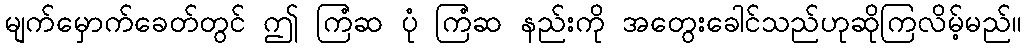
မျက်မှောက်ခေတ်တွင် ဤ ကြံဆ ပုံ ကြံဆ နည်းကို အတွေးခေါင်သည်ဟုဆိုကြလိမ့်မည်။